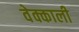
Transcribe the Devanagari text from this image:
वेक्काली